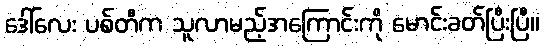
ဒေါ်လေး ပစ်တီက သူလာမည့်အကြောင်းကို မောင်းခတ်ပြီးပြီ။